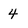
Character: 4